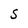
Character: S